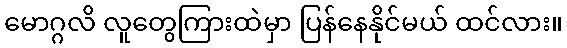
မောဂ္ဂလိ လူတွေကြားထဲမှာ ပြန်နေနိုင်မယ် ထင်လား။